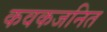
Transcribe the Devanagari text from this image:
कवकजनित